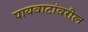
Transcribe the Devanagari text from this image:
पायवाटांवरील